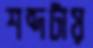
শব্দটায়